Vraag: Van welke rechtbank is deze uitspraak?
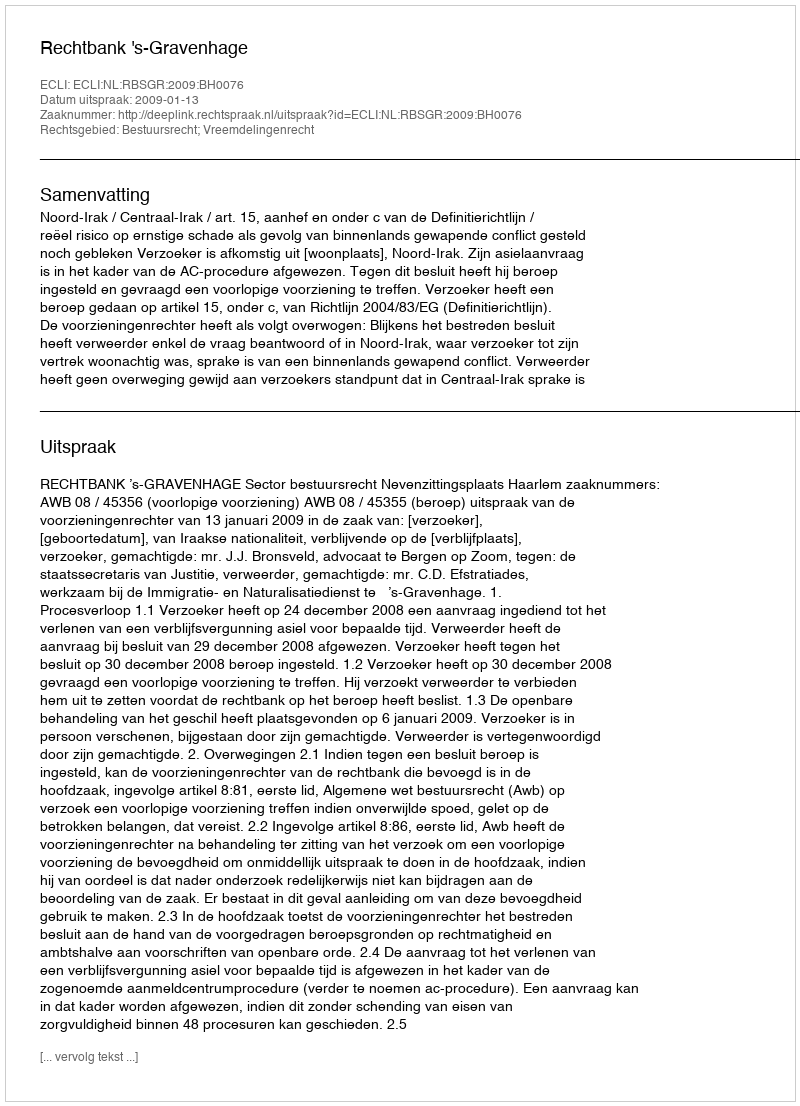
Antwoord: Rechtbank 's-Gravenhage